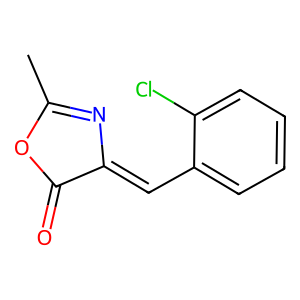
SMILES: CC1=NC(=Cc2ccccc2Cl)C(=O)O1
Inhibits HIV replication: No